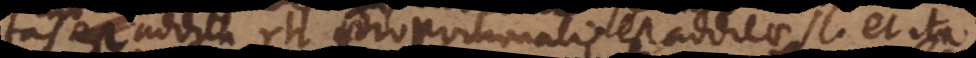
tas addita rh proportionalis est additae sl et ita